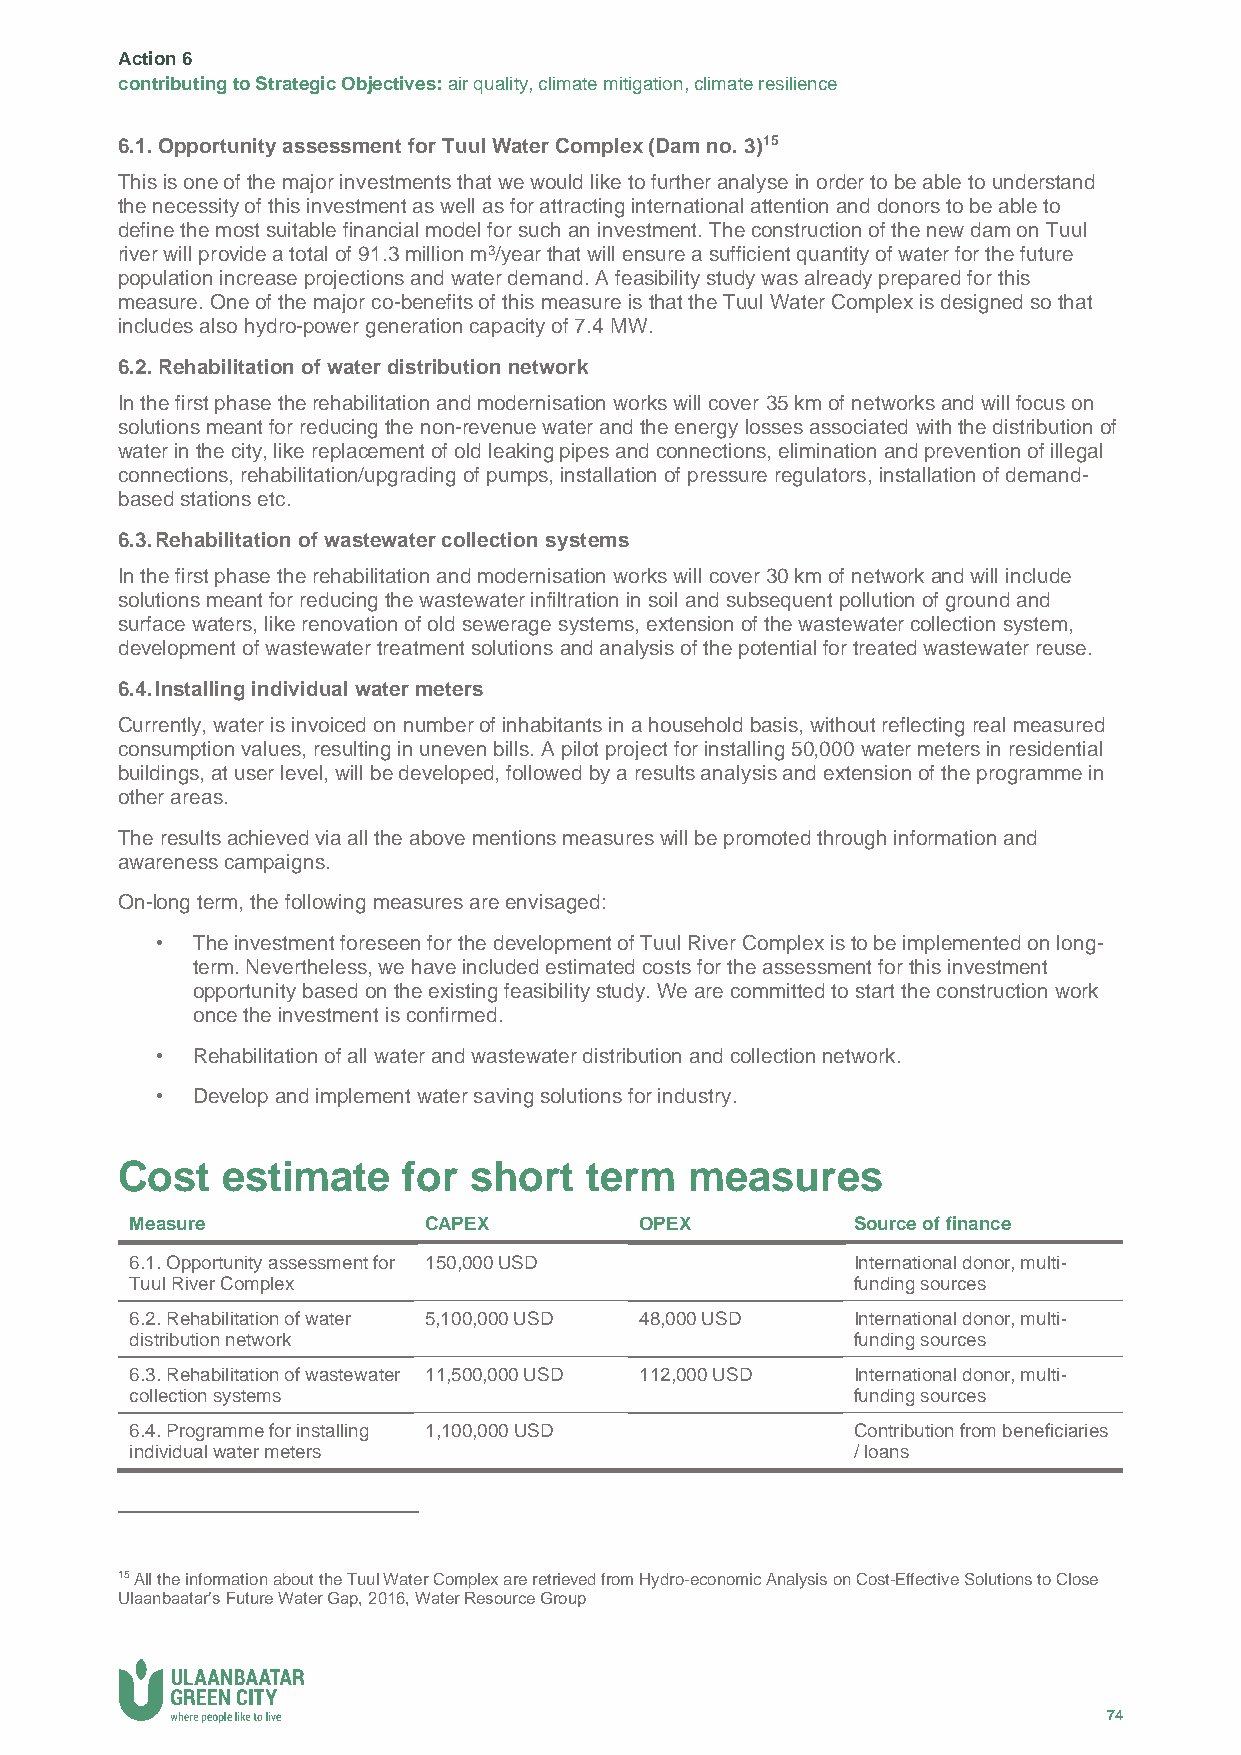
Action 6
 contributing to Strategic Objectives: air quality, climate mitigation, climate resilience
 6.1. Opportunity assessment for Tuul Water Complex (Dam no. 3)15
 This is one of the major investments that we would like to further analyse in order to be able to understand
 the necessity of this investment as well as for attracting international attention and donors to be able to
 define the most suitable financial model for such an investment. The construction of the new dam on Tuul
 river will provide a total of 91.3 million m3/year that will ensure a sufficient quantity of water for the future
 population increase projections and water demand. A feasibility study was already prepared for this
 measure. One of the major co-benefits of this measure is that the Tuul Water Complex is designed so that
 includes also hydro-power generation capacity of 7.4 MW.
 6.2. Rehabilitation of water distribution network
 In the first phase the rehabilitation and modernisation works will cover 35 km of networks and will focus on
 solutions meant for reducing the non-revenue water and the energy losses associated with the distribution of
 water in the city, like replacement of old leaking pipes and connections, elimination and prevention of illegal
 connections, rehabilitation/upgrading of pumps, installation of pressure regulators, installation of demand-
 based stations etc.
 6.3. Rehabilitation of wastewater collection systems
 In the first phase the rehabilitation and modernisation works will cover 30 km of network and will include
 solutions meant for reducing the wastewater infiltration in soil and subsequent pollution of ground and
 surface waters, like renovation of old sewerage systems, extension of the wastewater collection system,
 development of wastewater treatment solutions and analysis of the potential for treated wastewater reuse.
 6.4. Installing individual water meters
 Currently, water is invoiced on number of inhabitants in a household basis, without reflecting real measured
 consumption values, resulting in uneven bills. A pilot project for installing 50,000 water meters in residential
 buildings, at user level, will be developed, followed by a results analysis and extension of the programme in
 other areas.
 The results achieved via all the above mentions measures will be promoted through information and
 awareness campaigns.
 On-long term, the following measures are envisaged:
 •  The investment foreseen for the development of Tuul River Complex is to be implemented on long-
 term. Nevertheless, we have included estimated costs for the assessment for this investment
 opportunity based on the existing feasibility study. We are committed to start the construction work
 once the investment is confirmed.
 •  Rehabilitation of all water and wastewater distribution and collection network.
 •  Develop and implement water saving solutions for industry.
 Cost   estimate    for short   term   measures
 Measure            CAPEX         OPEX          Source of finance
 6.1. Opportunity assessment for 150,000 USD    International donor, multi-
 Tuul River Complex                             funding sources
 6.2. Rehabilitation of water 5,100,000 USD 48,000 USD International donor, multi-
 distribution network                           funding sources
 6.3. Rehabilitation of wastewater 11,500,000 USD 112,000 USD International donor, multi-
 collection systems                             funding sources
 6.4. Programme for installing 1,100,000 USD    Contribution from beneficiaries
 individual water meters                        / loans
 15 All the information about the Tuul Water Complex are retrieved from Hydro-economic Analysis on Cost-Effective Solutions to Close
 Ulaanbaatar’s Future Water Gap, 2016, Water Resource Group
 74